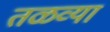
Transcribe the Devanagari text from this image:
तळव्या